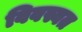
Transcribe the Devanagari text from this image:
विवस्वत